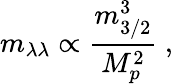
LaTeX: m_{\lambda\lambda}\propto{\frac{m_{3/2}^{3}}{M_{p}^{2}}}\ ,